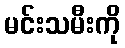
မင်းသမီးကို